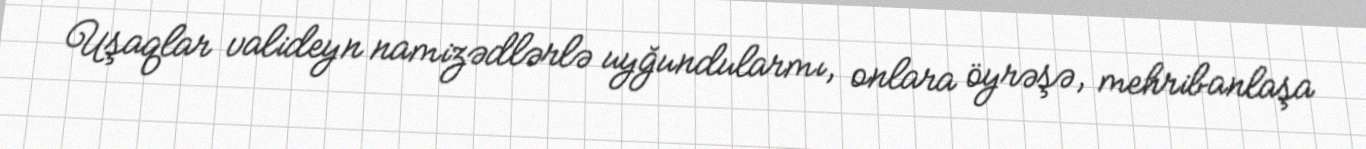
Uşaqlar valideyn namizədlərlə uyğundularmı, onlara öyrəşə, mehribanlaşa